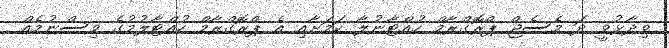
ވިދާޅުވީ ދަ މެސެޖް ޕްރޮގްރާމް ހުއްޓާނުލާ ކަމަށާއި އެ ޕްރޮގްރާމް ހުއްޓާލުމުގެ ވިސްނުމެއް